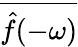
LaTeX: \overline{{{\hat{f}}(-\omega)}}